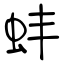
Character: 蚌